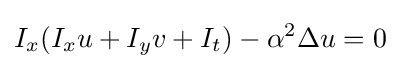
I_{x}(I_{x}u+I_{y}v+I_{t})-\alpha ^{2}\Delta u=0